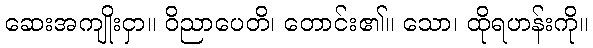
ဆေးအကျိုးငှာ။ ဝိညာပေတိ၊ တောင်း၏။ သော၊ ထိုရဟန်းကို။